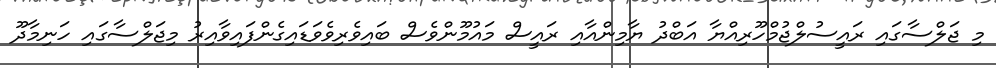
މި ޖަލްސާގައި ރައީސުލްޖުމްހޫރިއްޔާ އަބްދު ޔާމިންއާއި ރައީސް މައުމޫންވެސް ބައިވެރިވެވަޑައިގެންފައިވާއިރު މިޖަލްސާގައި ހަނިމާދޫ